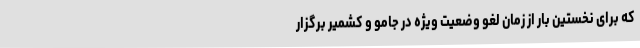
که برای نخستین بار از زمان لغو وضعیت ویژه در جامو و کشمیر برگزار